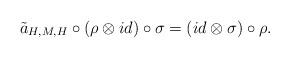
LaTeX: \begin{align*} \tilde{a}_{H,M,H}\circ(\rho\otimes id)\circ\sigma=(id\otimes\sigma)\circ\rho.\end{align*}